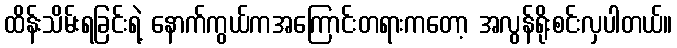
ထိန်းသိမ်းရခြင်းရဲ့ နောက်ကွယ်ကအကြောင်းတရားကတော့ အလွန်ရိုးစင်းလှပါတယ်။